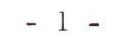
- 1 -